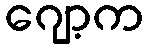
ဂျော့က